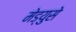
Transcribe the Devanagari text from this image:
मेड्युसे